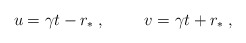
\begin{align*}u=\gamma t-r_{\ast}\:, \hskip 1cmv=\gamma t+r_{\ast}\:, \end{align*}